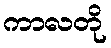
ကာလတို